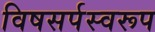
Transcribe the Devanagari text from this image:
विषसर्पस्वरूप